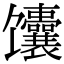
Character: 馕